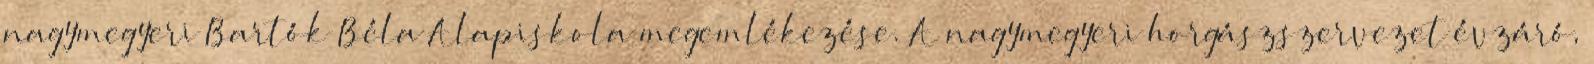
nagymegyeri Bartók Béla Alapiskola megemlékezése. A nagymegyeri horgászszervezet évzáró,